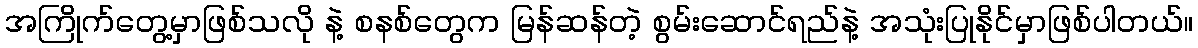
အကြိုက်တွေ့မှာဖြစ်သလို နဲ့ စနစ်တွေက မြန်ဆန်တဲ့ စွမ်းဆောင်ရည်နဲ့ အသုံးပြုနိုင်မှာဖြစ်ပါတယ်။